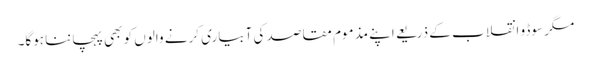
مگر سوڈو انقلاب کے ذریعے اپنے مذموم مقاصد کی آبیاری کرنے والوں کو بھی پہچاننا ہوگا۔